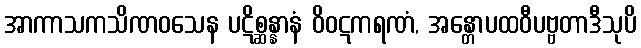
အာကာသကသိဏဝသေန ပဋိစ္ဆန္နာနံ ဝိဝဋကရဏံ, အန္တောပထဝီပဗ္ဗတာဒီသုပိ